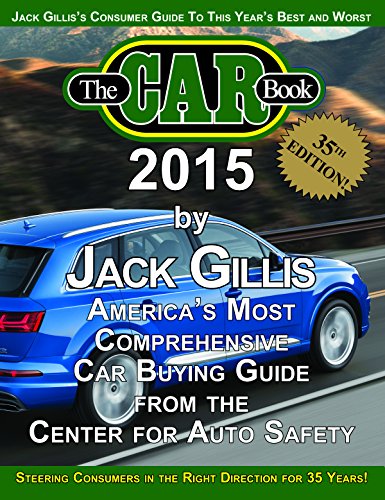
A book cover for The Car Book 2015: America' Most Comprehensive Car Buying Guide from the Center for Auto Safety; Jack Gillis; Engineering & Transportation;